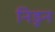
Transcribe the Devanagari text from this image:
निडून